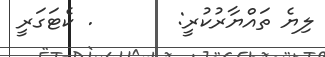
ލިޔެ ތައްޔާރުކުރީ:       . ކެޓަގަރީ